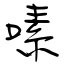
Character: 嗉